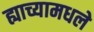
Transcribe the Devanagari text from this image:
ह्याच्यामधले